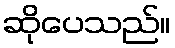
ဆိုပေသည်။